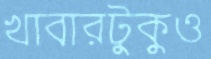
খাবারটুকুও